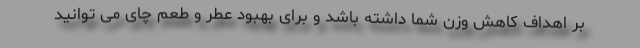
بر اهداف کاهش وزن شما داشته باشد و برای بهبود عطر و طعم چای می توانید